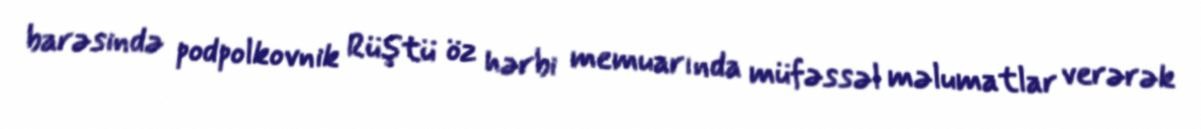
barəsində podpolkovnik Rüştü öz hərbi memuarında müfəssəl məlumatlar verərək